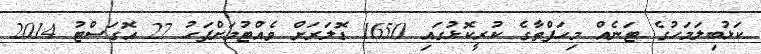
ކަޅުބިލަމަހުގެ ޓަނެއް މިހަފްތާގެ ކުރީކޮޅުގައި 1650 ޑޮލަރަށް ވެއްޓުމަށްފަހު 27 އޮގަސްޓު 2014